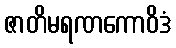
ဇာတိမရဏကောဝိဒံ